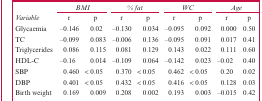
|  | <COLSPAN=2> BMI | <COLSPAN=2> %fat | <COLSPAN=2> WC | <COLSPAN=2> Age |
 | Variable | r | p | r | p | r | p | r | p |
 | --- | --- | --- | --- | --- | --- | --- | --- | --- |
 | Glycaemia | -0.146 | 0.02 | -0.130 | 0.034 | –0.095 | 0.092 | 0.000 | 0.50 |
 | TC | –0.099 | 0.083 | –0.006 | 0.136 | –0.095 | 0.091 | 0.017 | 0.41 |
 | Triglycerides | 0.086 | 0.115 | 0.081 | 0.129 | 0.143 | 0.022 | 0.111 | 0.60 |
 | HDL-C | -0.16 | 0.014 | –0.109 | 0.064 | –0.142 | 0.023 | –0.02 | 0.40 |
 | SBP | 0.460 | < 0.05 | 0.370 | < 0.05 | 0.462 | < 0.05 | 0.20 | 0.02 |
 | DBP | 0.401 | < 0.05 | 0.432 | < 0.05 | 0.416 | < 0.05 | 0.128 | 0.03 |
 | Birth weight | 0.169 | 0.009 | 0.208 | 0.002 | 0.193 | 0.003 | -0.015 | 0.42 |